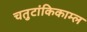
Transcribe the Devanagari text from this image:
चतुटांकिकाम्ल